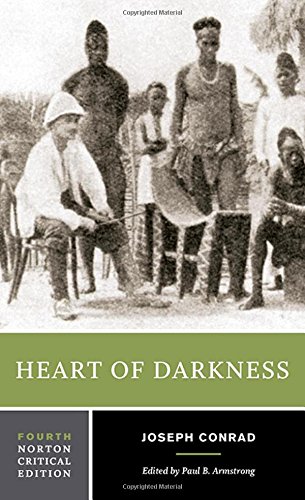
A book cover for Heart of Darkness (Norton Critical Editions); Joseph Conrad; Literature & Fiction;